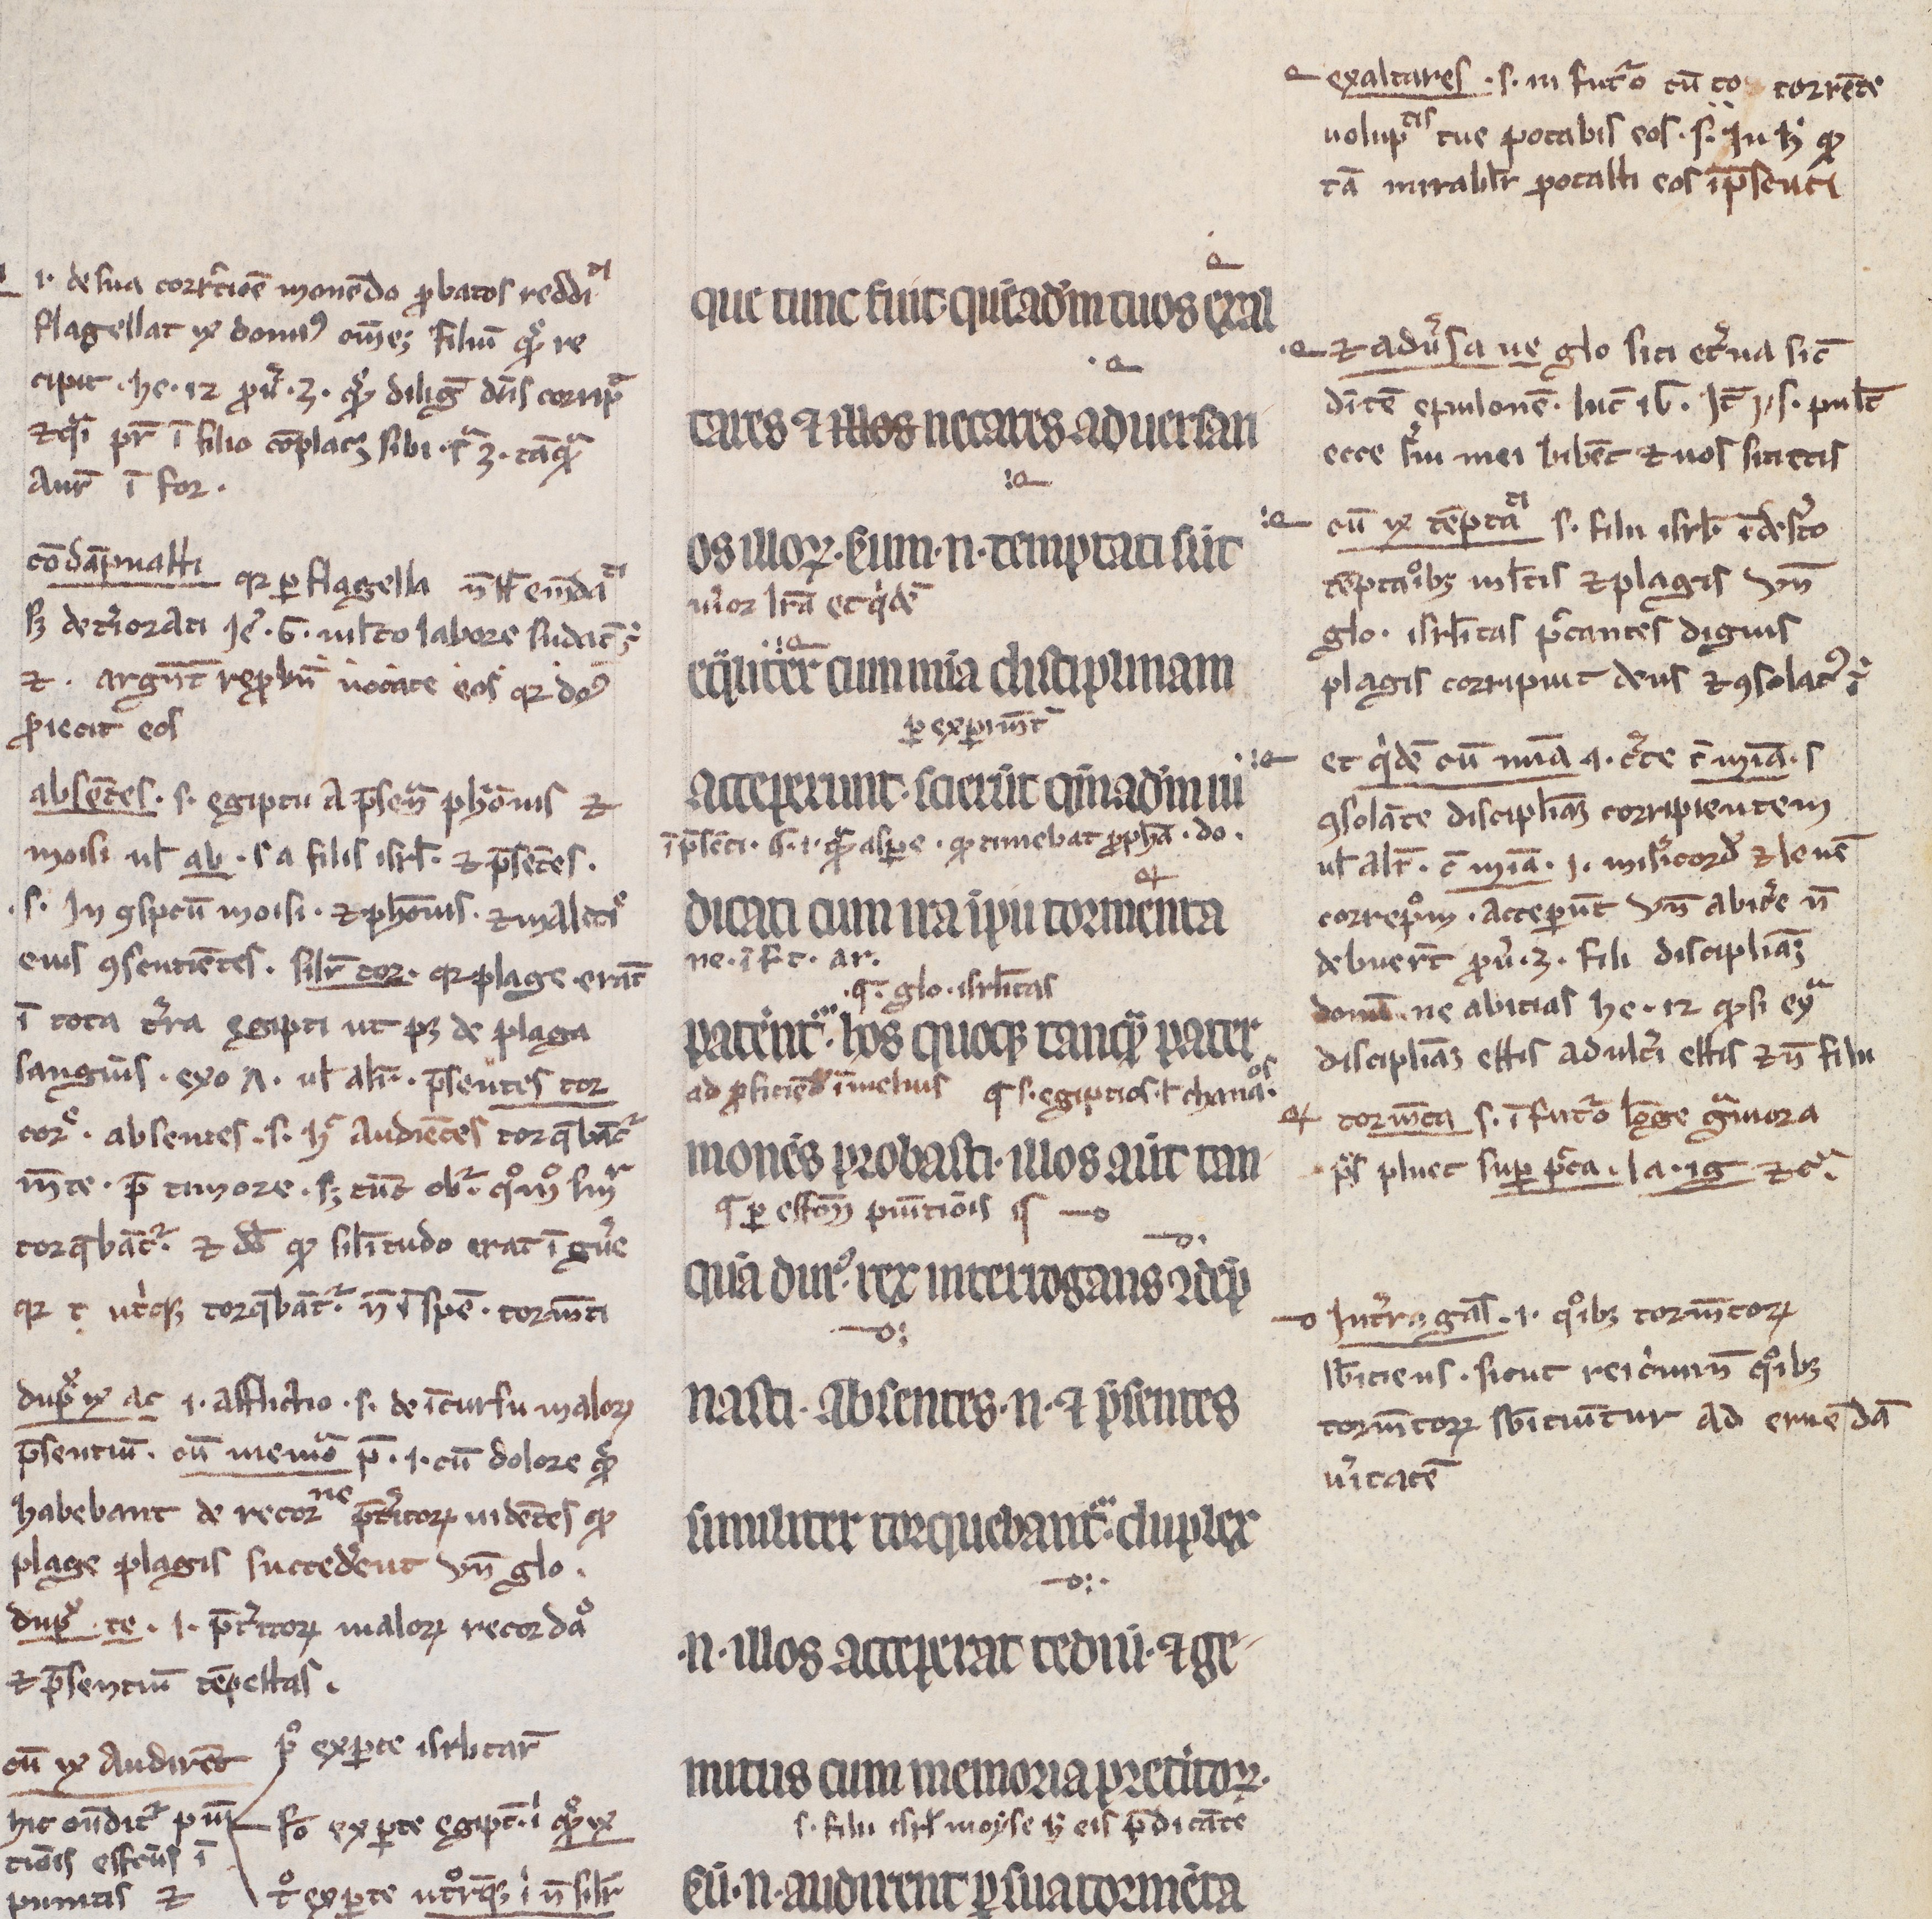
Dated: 1200–1299